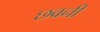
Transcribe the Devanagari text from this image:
छवनी